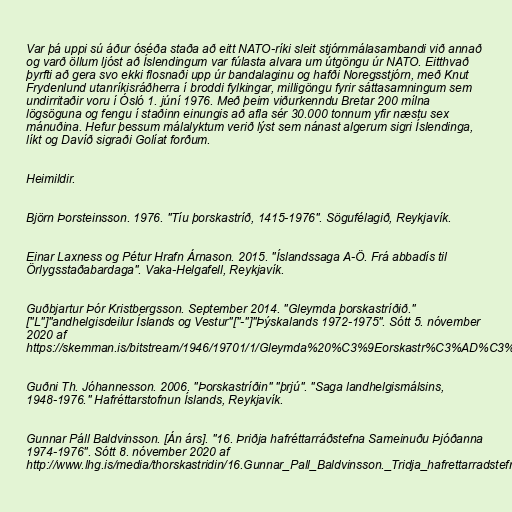
Var þá uppi sú áður óséða staða að eitt NATO-ríki sleit stjórnmálasambandi við annað
og varð öllum ljóst að Íslendingum var fúlasta alvara um útgöngu úr NATO. Eitthvað
þyrfti að gera svo ekki flosnaði upp úr bandalaginu og hafði Noregsstjórn, með Knut
Frydenlund utanríkisráðherra í broddi fylkingar, milligöngu fyrir sáttasamningum sem
undirritaðir voru í Ósló 1. júní 1976. Með þeim viðurkenndu Bretar 200 mílna
lögsöguna og fengu í staðinn einungis að afla sér 30.000 tonnum yfir næstu sex
mánuðina. Hefur þessum málalyktum verið lýst sem nánast algerum sigri Íslendinga,
líkt og Davíð sigraði Golíat forðum.

Heimildir.

Björn Þorsteinsson. 1976. "Tíu þorskastríð, 1415-1976". Sögufélagið, Reykjavík.

Einar Laxness og Pétur Hrafn Árnason. 2015. "Íslandssaga A-Ö. Frá abbadís til
Örlygsstaðabardaga". Vaka-Helgafell, Reykjavík.

Guðbjartur Þór Kristbergsson. September 2014. "Gleymda þorskastríðið."
["L"]"andhelgisdeilur Íslands og Vestur"["-"]"Þýskalands 1972-1975". Sótt 5. nóvember
2020 af
https://skemman.is/bitstream/1946/19701/1/Gleymda%20%C3%9Eorskastr%C3%AD%C3%B0i%C3%B0.pdf

Guðni Th. Jóhannesson. 2006. "Þorskastríðin" "þrjú". "Saga landhelgismálsins,
1948-1976." Hafréttarstofnun Íslands, Reykjavík.

Gunnar Páll Baldvinsson. [Án árs]. "16. Þriðja hafréttarráðstefna Sameinuðu Þjóðanna
1974-1976". Sótt 8. nóvember 2020 af
http://www.lhg.is/media/thorskastridin/16.Gunnar_Pall_Baldvinsson._Tridja_hafrettarradstefna_Sameinudu_tjodanna_1974-1976.pdf